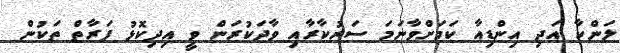
ލަންކާ އަދި އިންޑިއާ ކަމަށްވާނަމަ ސަރުކާރާއި ވާދަކުރަން ވީ އިދިކޮޅު ފަރާތް ތަކުން